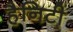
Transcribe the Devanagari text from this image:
हैनिटी